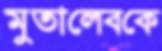
মুতালেবকে